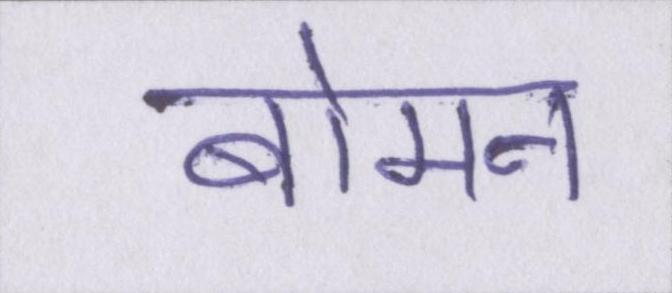
बोमन